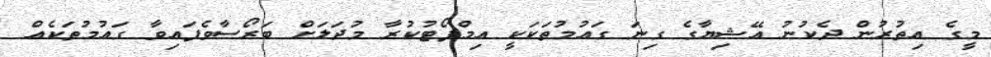
މީގެ އިތުރުން ދެކުނު އޭޝިޔާގެ ގިނަ ގައުމުތަކަކީ އިމްޕޯޓުކުރާ މުދަލަށް ބަރޯސާވެފައިވާ ގައުމުތަކެއް